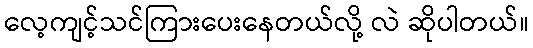
လေ့ကျင့်သင်ကြားပေးနေတယ်လို့ လဲ ဆိုပါတယ်။